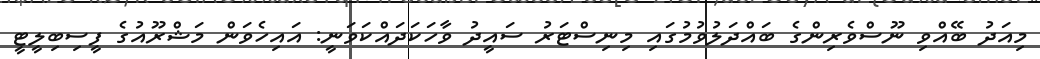
މިއަދު ބޭއްވި ނޫސްވެރިންގެ ބައްދަލުވުމުގައި މިނިސްޓަރު ސައީދު ވާހަކަދައްކަވަނީ: އައިހެވަން މަޝްރޫއުގެ ފީސިބިލީޓީ